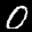
Label: 0